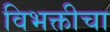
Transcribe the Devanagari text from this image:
विभक्तीचा